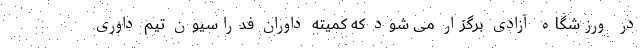
در ورزشگاه آزادی برگزار می شود که کمیته داوران فدراسیون تیم داوری